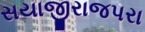
સયાજીરાજપરા